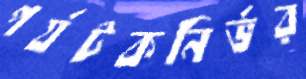
পর্যটকনির্ভর